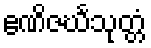
ဧဏိဇင်္ဃသုတ္တံ